Annual report of the Madras Medical College
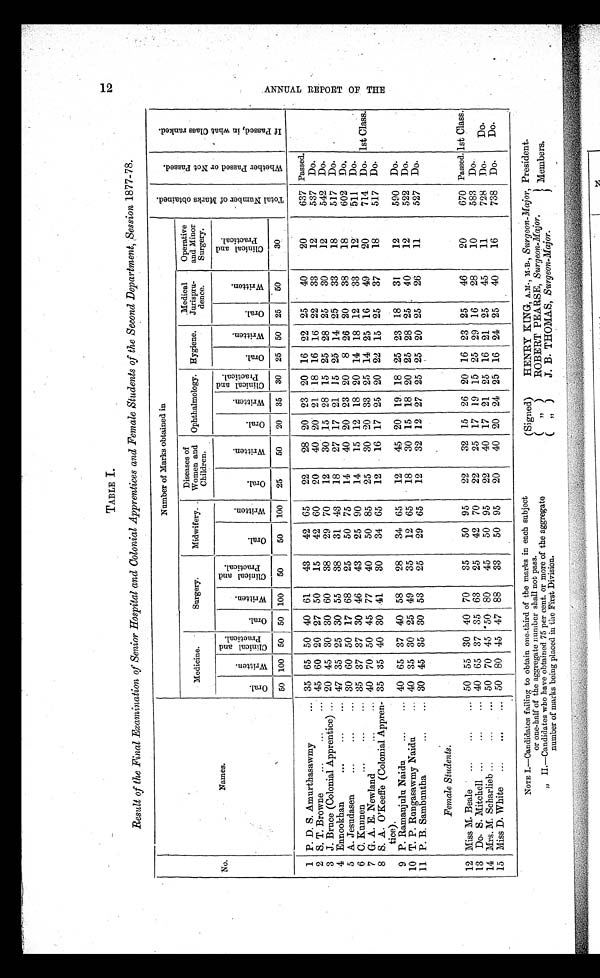
TABLE I.
Result of the Final Examination of Senior Hospital and Colonial Apprentices and Female Students of the Second Department, Session 1877-78.
No.
Names.
Number of Marks obtained in
T o t a l N u m b e r o f M a r k s o b t a i n e d .
W h e t h e r P a s s e d o r N o t P a s s e d .
I f P a s s e d , i n w h a t C l a s s r a n k e d .
Medicine.
Surgery.
Midwifery.
Diseases of
Women and
Children.
Ophthalmology. Hygiene.
Medical
Jurispru-
dence.
Operative
and Minor
Surgery.
Oral .
W r i t t e n .
C l i n i c a l a n d
P r a c t i c a l .
Oral .
W r i t t e n .
C l i n i c a l a n d
Pr act i cal .
Oral .
Wr i t t en.
Or al .
Wr i t t en.
O r a l .
Wr i t t en.
C l i n i c a l a n d
Pr act i cal .
Oral.
Wr i t t en.
Or al .
Wr i t t en.
C l i n i c a l a n d
Pr act i cal .
50 100 50 50 100
50
50
100
25
50
20 35 30 25 50 25
50
30
1 P. D. S. Amurthasawmy
... 35 65 50 40 61
43
42 65
22
28 20 23 20 16 22 25
40
20
637 Passed.
2 S. T. Browne.
...
... 45 60 20 27 50
15
42 60
20
40 20 21 18 16 16 22
33
12
537 Do.
3 J. Bruce (Colonial Apprentice) ... 20 45 30 30 60
38
29 70
12
30 15 28 15 25 28 25
30
12
542 Do.
4 Ennookhan
...
...
...
47 35 25 30 55
38
31 43
18
27 17 21 15 25 14 25
33
18
517 Do.
5 A. Jesudasen
...
...
... 30 60 50 17 68
25
50 75
14
40 20 23 20
8 26 20
38
18
602 Do.
6 C. Kunnen
...
...
... 35 37 37 30 46
43
25 90
14
15 12 18 20 14 18 12
33
12
511
Do.
7 G. A. E. Newland...
40 70 50 45 77
40
50 85
25
30 20 33 25 14 25 16
49
20
714 Do. 1st Class.
8 S. A. O'Keeffe (ColonialAppren-
tice).
35 35 40 30 41
30
34 65
12
16 17 25 20 22 15 25
37
18
517 Do.
9 P. Ramanjulu Naidu
...
... 40 65 37 40 58
28
34 65
12
45 20 19 18 25 23 18
31
12
590 Do.
10 T. P. Rungasawmy Naidu
40 35 30 25 49
35
12 65
18
30 15 18 20 25 28 25
40
12
522 Do.
11 P. B. Sambuntha
...
... 30 45 35 30 53
25
29 65
12
32 12 27 25 25 20 25
26
11
527 Do.
Female Students.
12 Miss M. Beale
...
...
... 50 55 30 40 70
35
50 95
22
32 15 26 20 16 23 25
46
20
670 Passed. 1st Class.
13 Do. S. Mitchell ...
...
40 65 37 35 63
25
42 70
22
25 17 19 15 25 29 16
28
10
583 Do.
14 Mrs. M. Scharlieb ...
...
... 50 70 45 50 80
45
50 95
22
40 17 21 25 16 21 25
45
11
728 Do.
Do.
15 Miss D. White
...
...
... 50 80 45 47 88
33
50 95
20
40 20 24 25 16 24 25
40
16
738 Do.
Do.
A N N U A L R E P O R T O F T H E
number shall not pass.
NOTE I.—Candidates failing to obtain one-third of the marks in each subject
or one-half of the aggregate
„II.—Candidates who have obtained 75 per cent. or more of the aggregate
number of marks being placed in the First Division.
(Signed)
HENRY KING, A.M., M.B., Surgeon-Major, President.
( „ )
ROBERT PEARSE, Surgeon-Major.
Members.
(") J. B. THOMAS, Surgeon-Major.